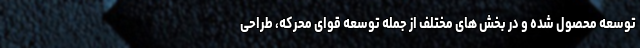
توسعه محصول شده و در بخش های مختلف از جمله توسعه قوای محرکه، طراحی